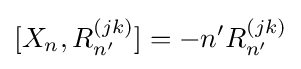
[X_{n},R_{n'}^{(jk)}]=-n'R_{n'}^{(jk)}